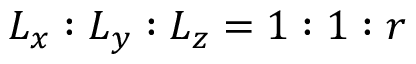
L _ { x } : L _ { y } : L _ { z } = 1 : 1 : r